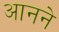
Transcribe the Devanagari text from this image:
आनने